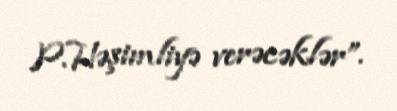
P.Həşimliyə verəcəklər”.